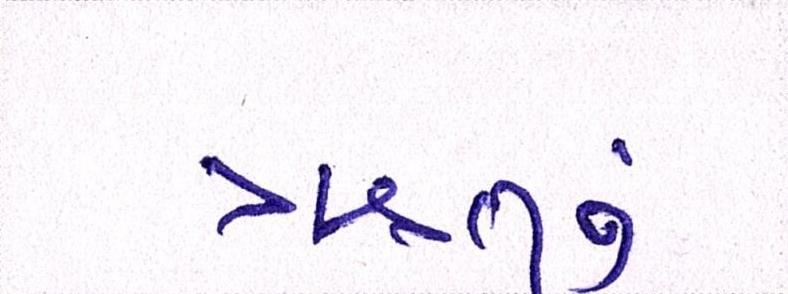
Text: ઋતુનું